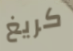
كريغ